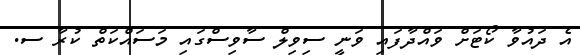
އެ ދައުވާ ކޯޓަށް ވައްދާފައި ވަނީ ސިވިލް ސާވިސްގައި މަސައްކަތް ކުރާ ސ.